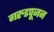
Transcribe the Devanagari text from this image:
गरुडपूजन